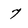
Character: 7